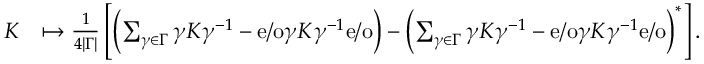
\begin{array} { r l } { K } & { \mapsto \frac { 1 } { 4 | \Gamma | } \left\lbrack \left( \sum _ { \gamma \in \Gamma } \gamma K \gamma ^ { - 1 } - \mathrm { e / o } \gamma K \gamma ^ { - 1 } \mathrm { e / o } \right) - \left( \sum _ { \gamma \in \Gamma } \gamma K \gamma ^ { - 1 } - \mathrm { e / o } \gamma K \gamma ^ { - 1 } \mathrm { e / o } \right) ^ { \ast } \right\rbrack . } \end{array}